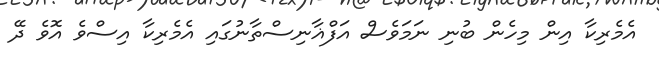
އެމެރިކާ އިން މިހެން ބުނި ނަމަވެސް އަފްޣާނިސްތާނުގައި އެމެރިކާ އިސްވެ އޮވެ ދޭ